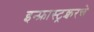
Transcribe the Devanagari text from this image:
इन्फ्रास्ट्रक्चरचे